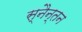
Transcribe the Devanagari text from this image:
स्नैन्तन